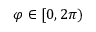
\varphi \in [ 0 , 2 \pi )